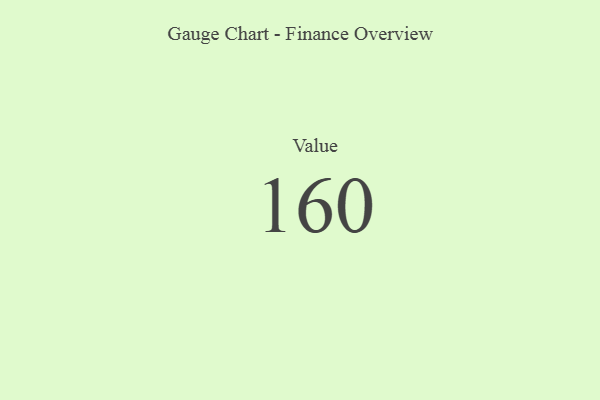
{"axis": {"x": "Metric", "y": "Value"}, "legend": [""], "data": [{"x": "Value", "y": 160, "type": ""}]}